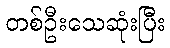
တစ်ဦးသေဆုံးပြီး